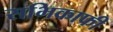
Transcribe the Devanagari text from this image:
सभिकाफी